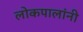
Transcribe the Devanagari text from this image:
लोकपालांनी